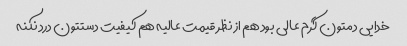
خدایی دمتون گرم عالی بود هم از نظر قیمت عالیه هم کیفیت دستتون درد نکنه